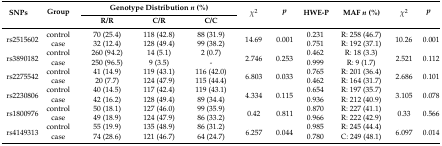
<table><thead><tr><td rowspan="2"><b>SNPs</b></td><td rowspan="2"><b>Group</b></td><td colspan="3"><b>Genotype Distribution <i>n</i> (%)</b></td><td rowspan="2"><b><i>χ<sup>2</sup></i></b></td><td rowspan="2"><b><i>p</i></b></td><td rowspan="2"><b>HWE-P</b></td><td rowspan="2"><b>MAF <i>n</i> (%)</b></td><td rowspan="2"><b><i>χ<sup>2</sup></i></b></td><td rowspan="2"><b><i>p</i></b></td></tr><tr><td><b>R/R</b></td><td><b>C/R</b></td><td><b>C/C</b></td></tr></thead><tbody><tr><td rowspan="2">rs2515602</td><td>control</td><td>70 (25.4)</td><td>118 (42.8)</td><td>88 (31.9)</td><td rowspan="2">14.69</td><td rowspan="2">0.001</td><td>0.231</td><td>R: 258 (46.7)</td><td rowspan="2">10.26</td><td rowspan="2">0.001</td></tr><tr><td>case</td><td>32 (12.4)</td><td>128 (49.4)</td><td>99 (38.2)</td><td>0.751</td><td>R: 192 (37.1)</td></tr><tr><td rowspan="2">rs3890182</td><td>control</td><td>260 (94.2)</td><td>14 (5.1)</td><td>2 (0.7)</td><td rowspan="2">2.746</td><td rowspan="2">0.253</td><td>0.462</td><td>R: 18 (3.3)</td><td rowspan="2">2.521</td><td rowspan="2">0.112</td></tr><tr><td>case</td><td>250 (96.5)</td><td>9 (3.5)</td><td>-</td><td>0.999</td><td>R: 9 (1.7)</td></tr><tr><td rowspan="2">rs2275542</td><td>control</td><td>41 (14.9)</td><td>119 (43.1)</td><td>116 (42.0)</td><td rowspan="2">6.803</td><td rowspan="2">0.033</td><td>0.765</td><td>R: 201 (36.4)</td><td rowspan="2">2.686</td><td rowspan="2">0.101</td></tr><tr><td>case</td><td>20 (7.7)</td><td>124 (47.9)</td><td>115 (44.4)</td><td>0.462</td><td>R: 164 (31.7)</td></tr><tr><td rowspan="2">rs2230806</td><td>control</td><td>40 (14.5)</td><td>117 (42.4)</td><td>119 (43.1)</td><td rowspan="2">4.334</td><td rowspan="2">0.115</td><td>0.654</td><td>R: 197 (35.7)</td><td rowspan="2">3.105</td><td rowspan="2">0.078</td></tr><tr><td>case</td><td>42 (16.2)</td><td>128 (49.4)</td><td>89 (34.4)</td><td>0.936</td><td>R: 212 (40.9)</td></tr><tr><td rowspan="2">rs1800976</td><td>control</td><td>50 (18.1)</td><td>127 (46.0)</td><td>99 (35.9)</td><td rowspan="2">0.42</td><td rowspan="2">0.811</td><td>0.870</td><td>R: 227 (41.1)</td><td rowspan="2">0.33</td><td rowspan="2">0.566</td></tr><tr><td>case</td><td>49 (18.9)</td><td>124 (47.9)</td><td>86 (33.2)</td><td>0.966</td><td>R: 222 (42.9)</td></tr><tr><td rowspan="2">rs4149313</td><td>control</td><td>55 (19.9)</td><td>135 (48.9)</td><td>86 (31.2)</td><td rowspan="2">6.257</td><td rowspan="2">0.044</td><td>0.985</td><td>R: 245 (44.4)</td><td rowspan="2">6.097</td><td rowspan="2">0.014</td></tr><tr><td>case</td><td>74 (28.6)</td><td>121 (46.7)</td><td>64 (24.7)</td><td>0.780</td><td>C: 249 (48.1)</td></tr></tbody></table>